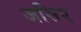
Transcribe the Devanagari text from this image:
जसिए